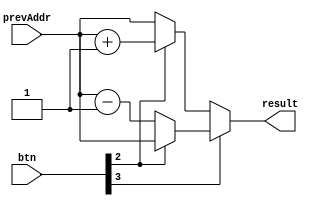
// Automatically generated Verilog-2001
module Machine_addressSelector(prevAddr
                              ,btn
                              ,result);
  input [7:0] prevAddr;
  input [3:0] btn;
  output [7:0] result;
  wire [7:0] case_alt;
  wire [7:0] case_alt_0;
  wire [0:0] case_scrut;
  wire [7:0] case_alt_1;
  wire [7:0] case_alt_2;
  wire [0:0] case_scrut_0;
  wire [0:0] app_arg;
  wire [0:0] app_arg_0;
  reg [7:0] result_reg;
  always @(*) begin
    if(case_scrut)
      result_reg = case_alt;
    else
      result_reg = case_alt_0;
  end
  assign result = result_reg;
  
  reg [7:0] case_alt_reg;
  always @(*) begin
    if(case_scrut_0)
      case_alt_reg = prevAddr;
    else
      case_alt_reg = case_alt_1;
  end
  assign case_alt = case_alt_reg;
  
  reg [7:0] case_alt_0_reg;
  always @(*) begin
    if(case_scrut_0)
      case_alt_0_reg = case_alt_2;
    else
      case_alt_0_reg = prevAddr;
  end
  assign case_alt_0 = case_alt_0_reg;
  
  assign case_scrut = app_arg_0 == (1'b1);
  
  assign case_alt_1 = prevAddr - 8'b00000001;
  
  assign case_alt_2 = prevAddr + 8'b00000001;
  
  assign case_scrut_0 = app_arg == (1'b1);
  
  // indexBit begin
  wire [3:0] bv;
  assign bv = btn;
  
  assign app_arg = bv[(64'sd2)];
  // indexBit end
  
  // indexBit begin
  wire [3:0] bv_0;
  assign bv_0 = btn;
  
  assign app_arg_0 = bv_0[(64'sd3)];
  // indexBit end
endmodule